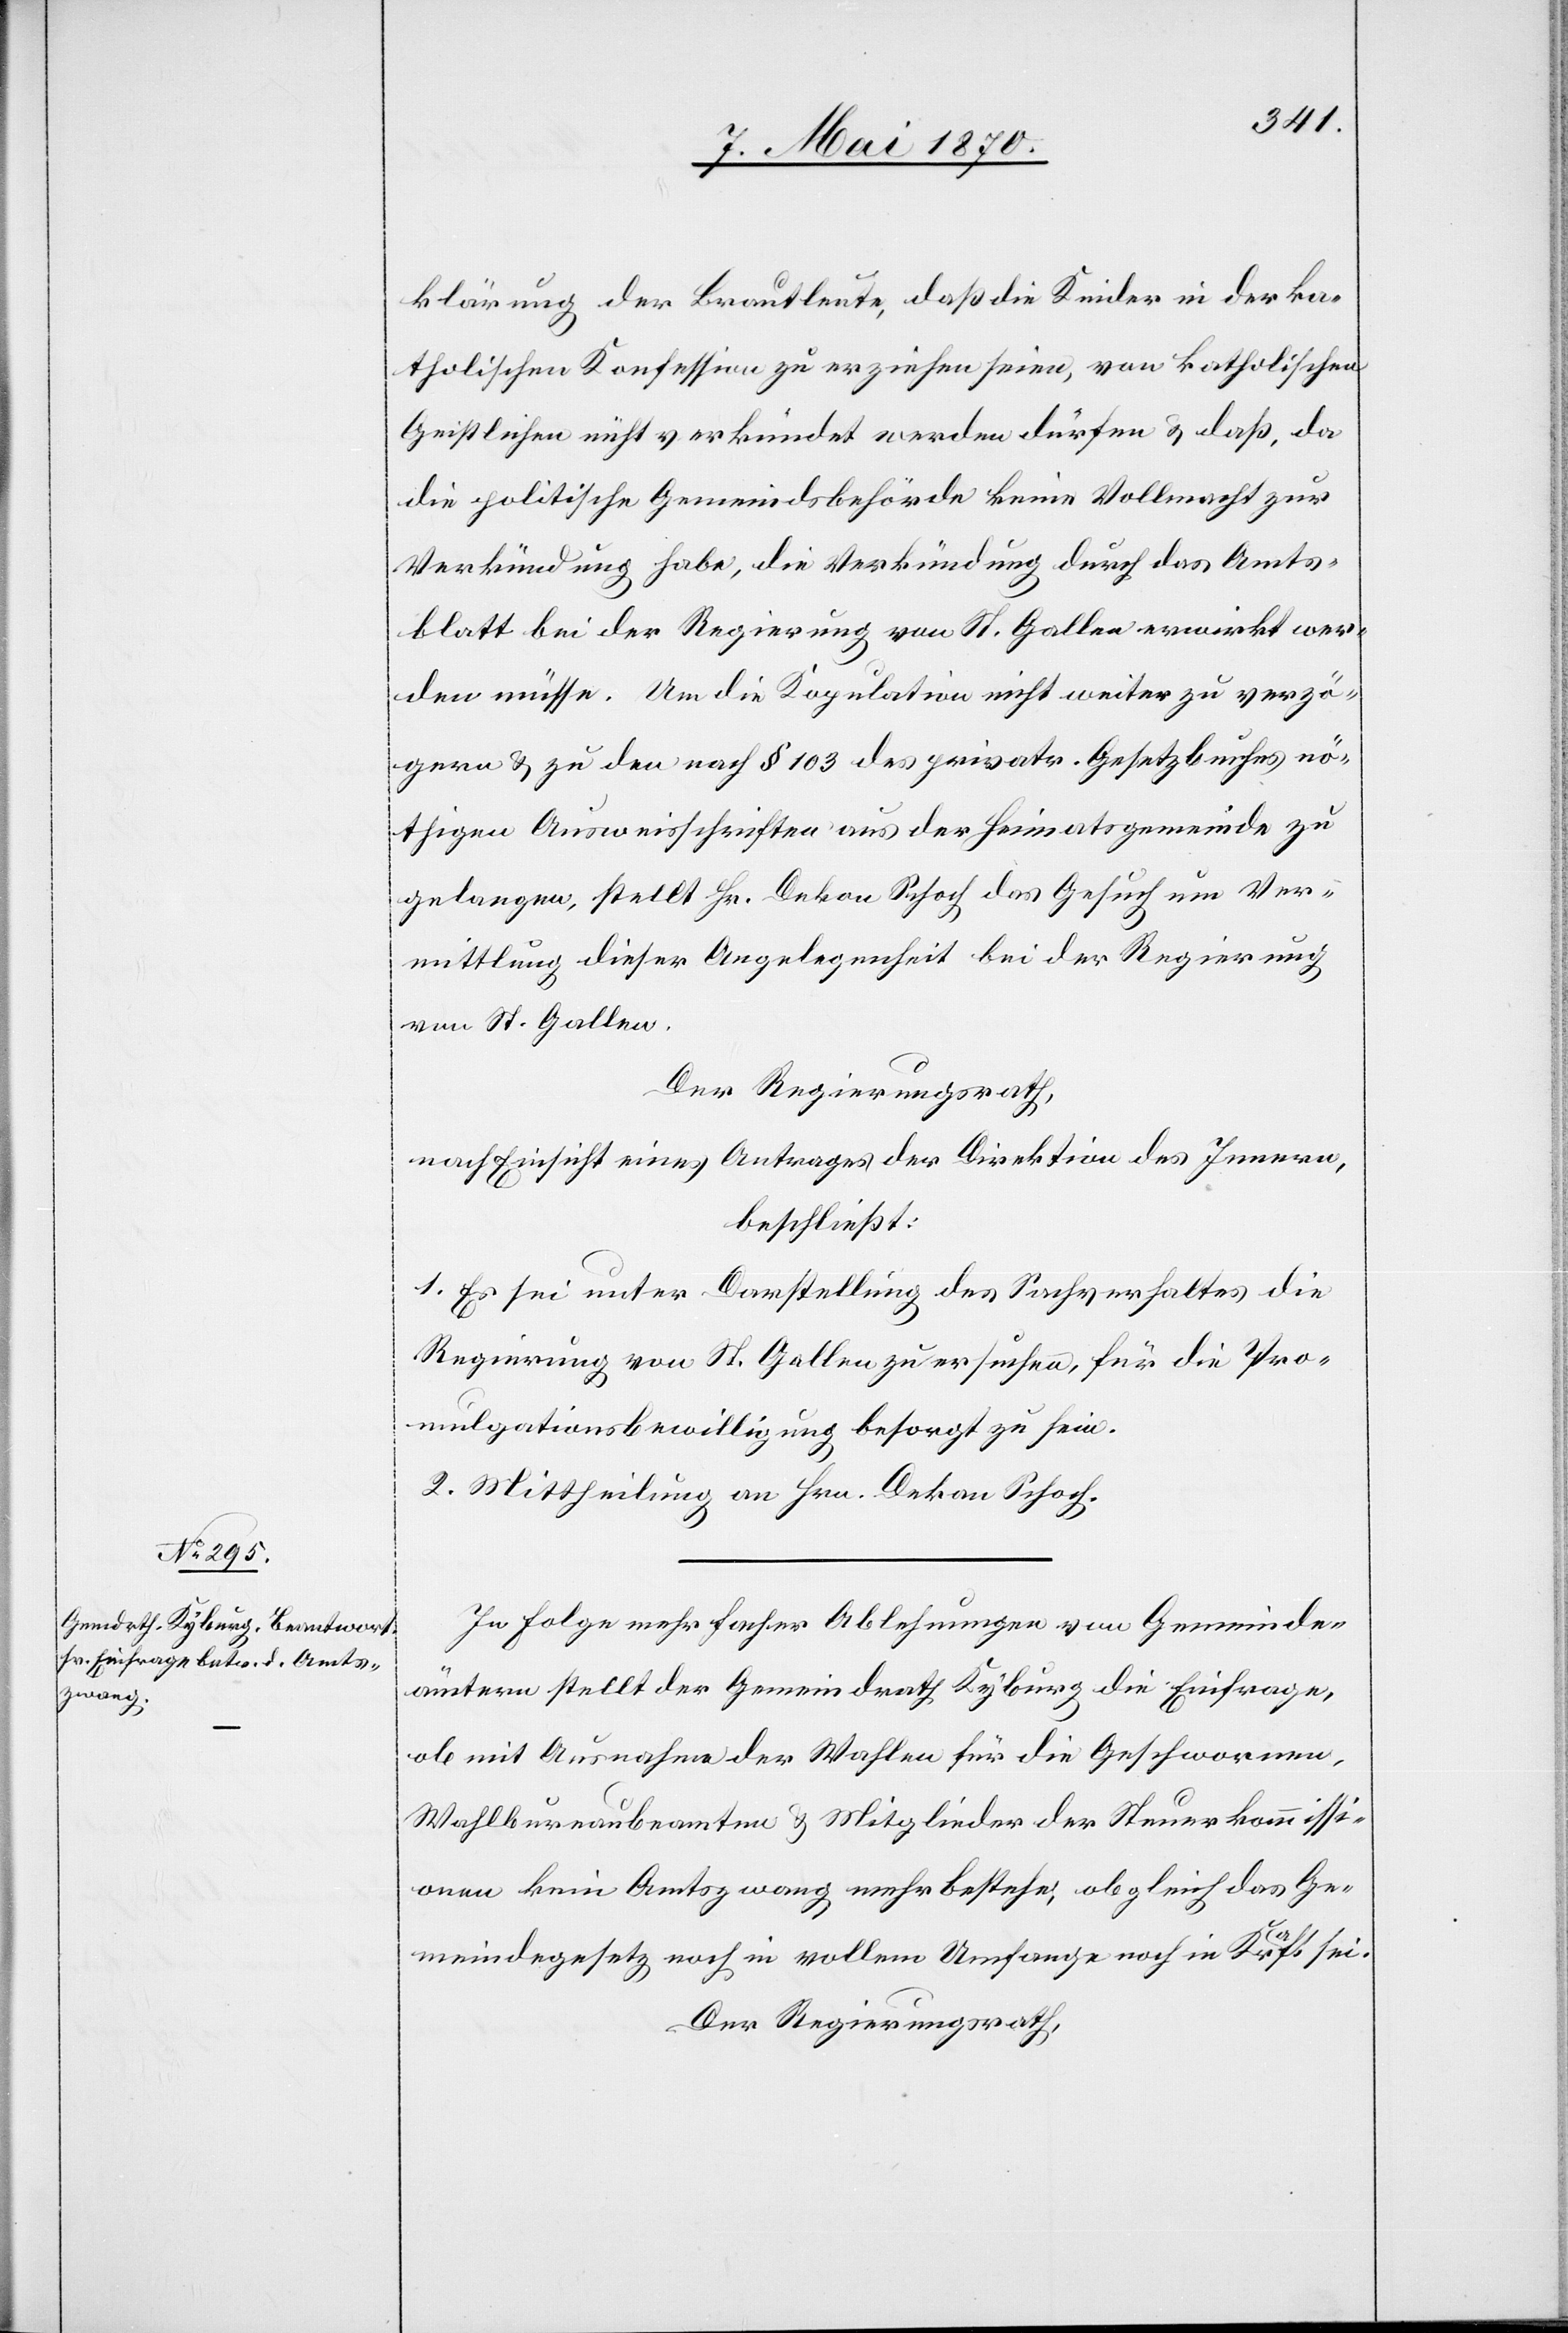
klärung der Brautleute, daß die Kinder in der ka¬
tholischen Konfession zu erziehen seien, von katholischen
Geistlichen nicht verkündet werden dürfen & daß, da
die politische Gemeindsbehörde keine Vollmacht zur
Verkündung habe, die Verkündung durch das Amts¬
blatt bei der Regierung von St. Gallen erwirkt wer¬
den müsse. Um die Kopulation nicht weiter zu verzö¬
gern & zu den nach § 103 des privatr. Gesetzbuches nö¬
thigen Ausweisschriften aus der Heimatsgemeinde zu
gelangen, stellt Hr. Dekan Schoch das Gesuch um Ver¬
mittlung dieser Angelegenheit bei der Regierung
von St. Gallen.
Der Regierungsrath,
nach Einsicht eines Antrages der Direktion des Innern,
beschließt:
1. Es sei unter Darstellung des Sachverhaltes die
Regierung von St. Gallen zu ersuchen, für die Pro¬
mulgationsbewilligung besorgt zu sein.
2. Mittheilung an Hrn. Dekan Schoch.
In Folge mehrfacher Ablehnungen von Gemeinde¬
ämtern stellt der Gemeindrath Kyburg die Einfrage,
ob mit Ausnahme der Wahlen für die Geschwornen,
Wahlbureaubeamten & Mitglieder der Steuerkommissi¬
onen kein Amtszwang mehr bestehe, obgleich das Ge¬
meindegesetz noch in vollem Umfange noch in Kraft sei.
Der Regierungsrath,